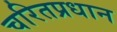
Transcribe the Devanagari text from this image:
चरितप्रधान